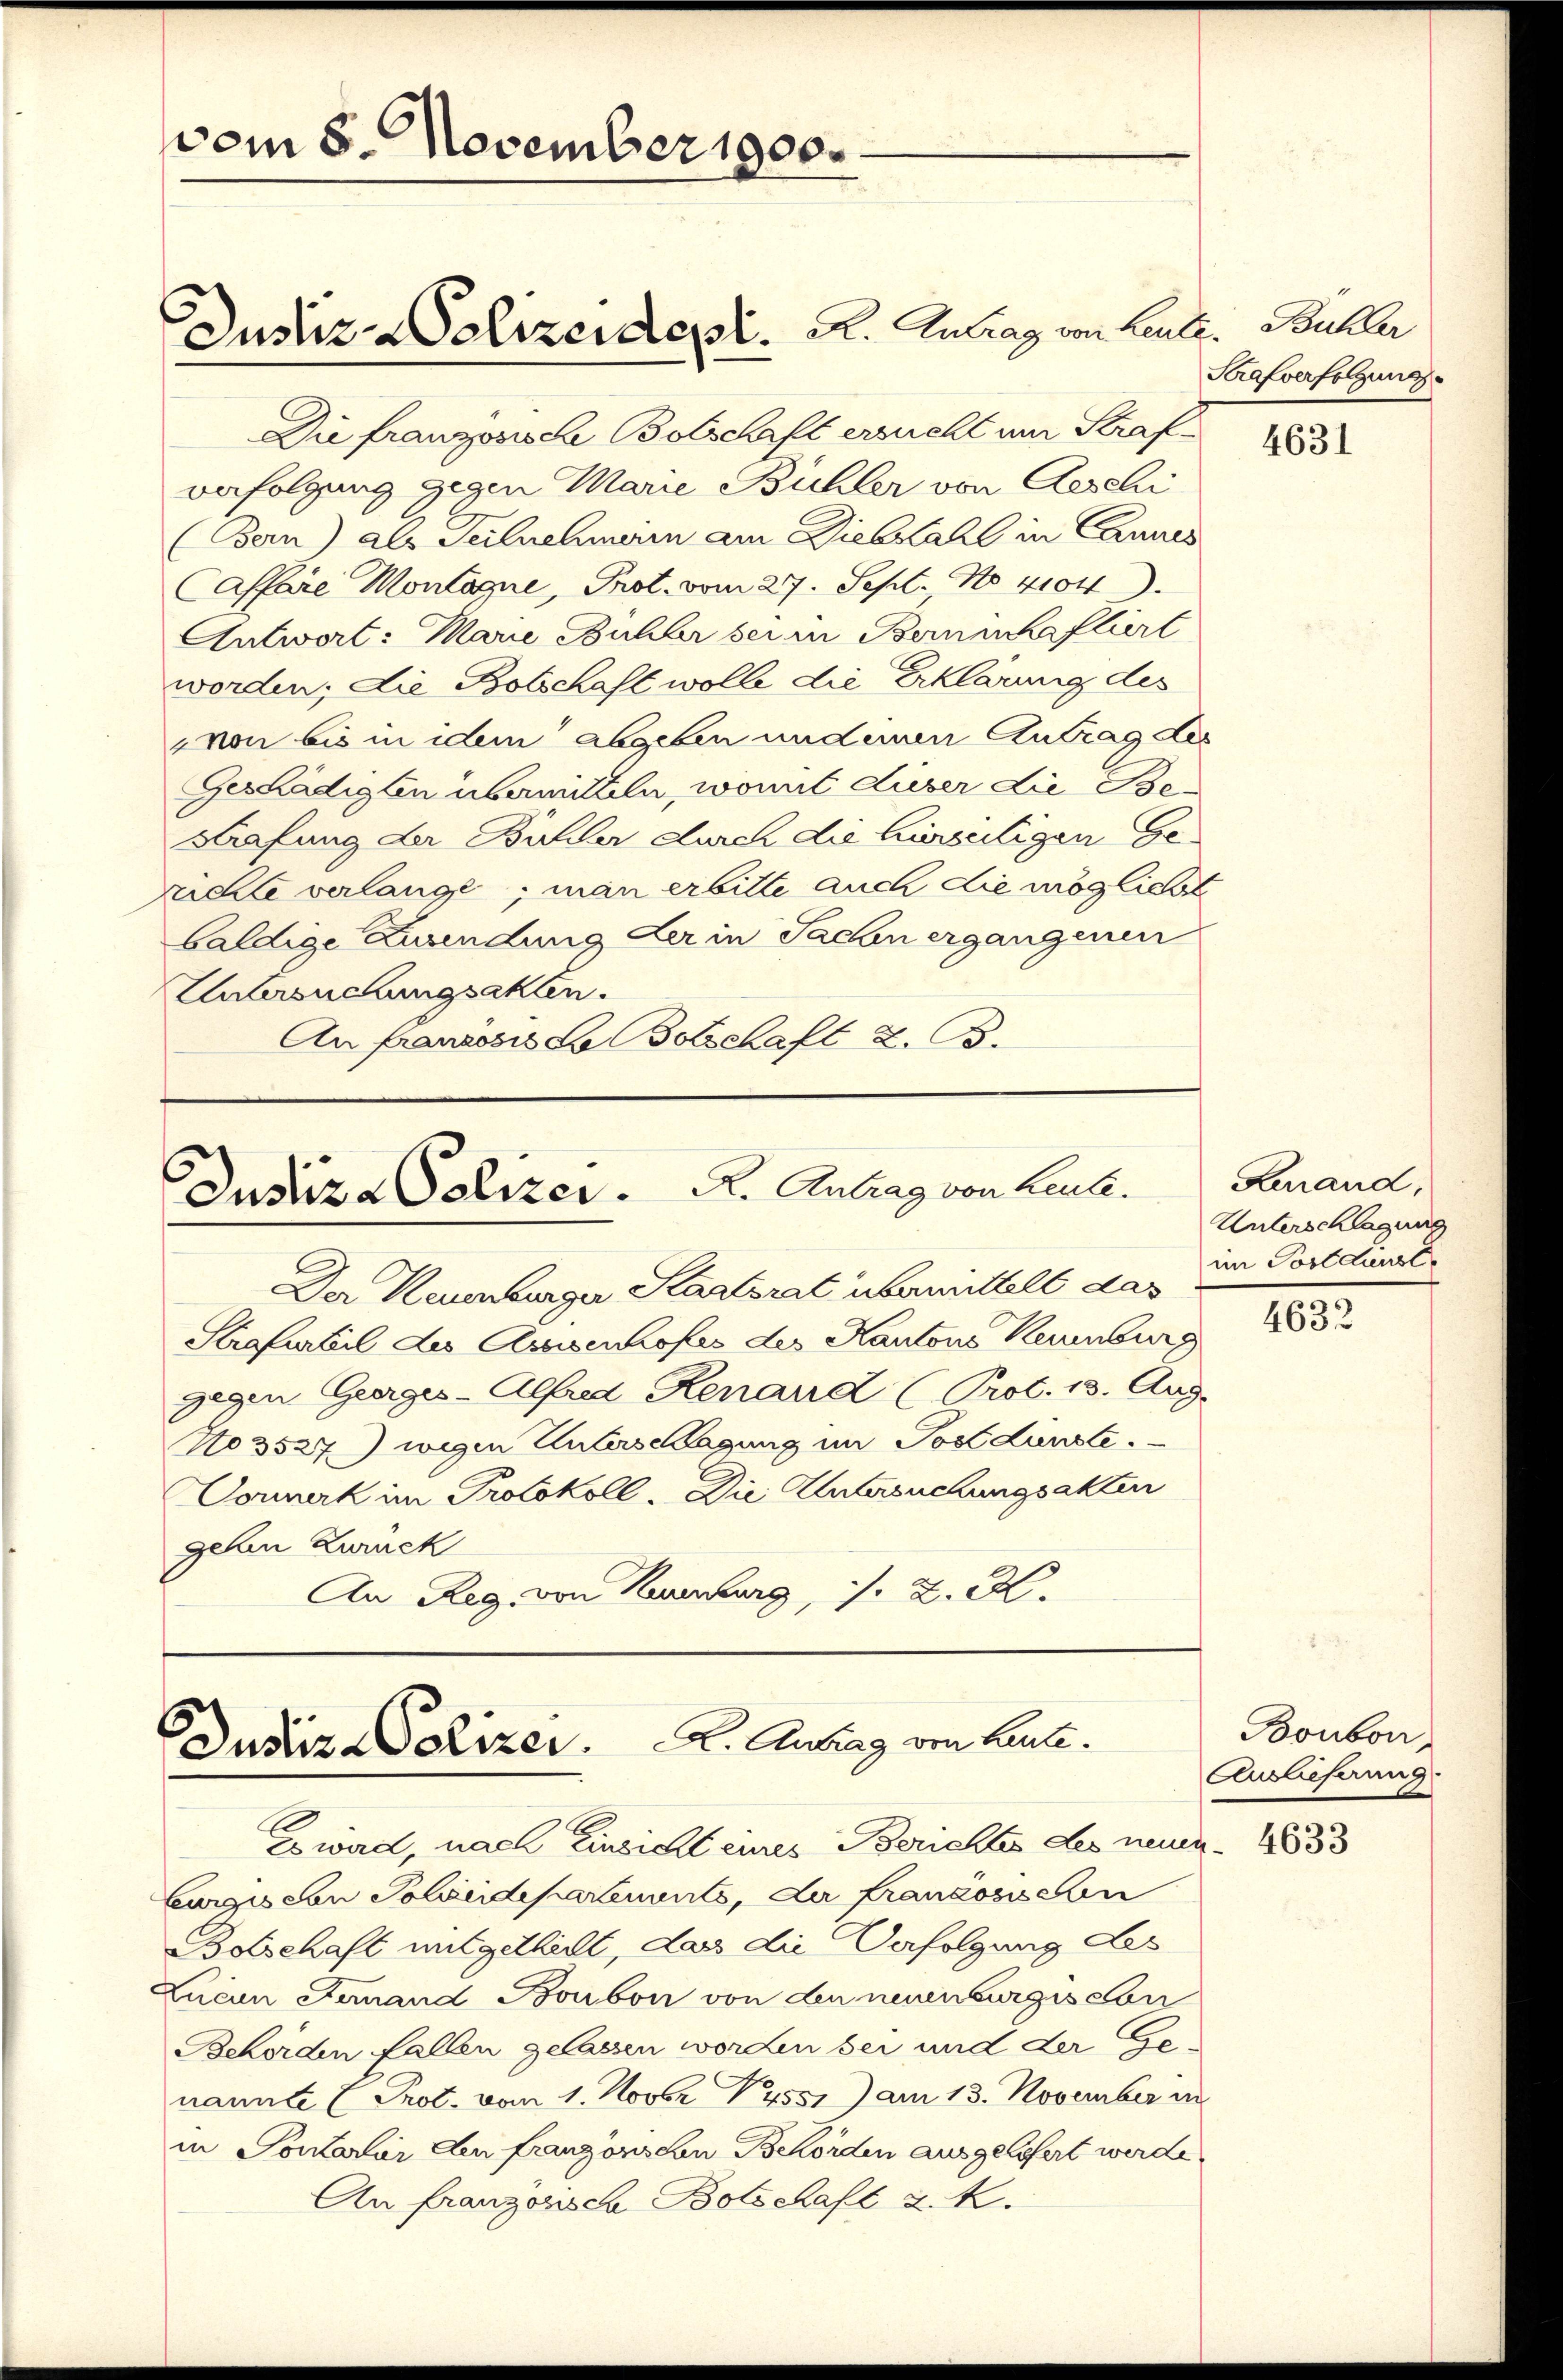
vom 8. November 1900.

Justiz-Polizeidet. A. Antrag von Leute. Buller

Justiza Polizer. R. Antrag von Leute.

ustiz-Polizer.   K. Antrag von Leute.

Die französische Botschaft ersucht um Strafverfolgung gegen Marie Büchler von Aeschi
(Bern) als Teilnehmerin am Diebstahl in Cannes
Caffare Montagne, Prot. vom 27. Sept. No 4104)
Antwort: Marie Bühler sei in Bernschaftiert
worden; die Botschaft wolle die Erklärung des
von bis in dem abgeben und einen Antrag des
Geschädigten übermitteln, womit Auser die Be¬
Strafung der Bühler durch die hierseitigen Geruchte verlange; man erbitte auch die möglichst
baldige Zuwendung der in Sachen ergangenen
Untersuchungsakten.
Au franzosis de Botschaft z. B.

Der Neuenburger Staatsrat übermittelt das
Strafurteil des Assisenhofes der Kantons Neuenburg
gegen Geerges-Alfred Renaud (Prot. 15. Aug.
No 3527) wegen Unterschlagung im Post dunste.
Dowerk im Protokoll. Die Untersuchungsakten
gehen Zurück
An Reg. von Neuenburg s. Z. M.

E wird, nach Einsicht eines Berichtes Les neuen. 18833
Eurgischen Soleidepartements, da französischen
Botschaft mitgetheilt, das die Verfolgung des
Zucun Finand Bonbon von den neuenburgiselon
Behörden fallen gelassen worden sei und der Genannte Prot. vom 1. Novbr. 14551) am 13. November in
in Sontarar den franzönschen Behörden ausgelösert werde.
An franzonisch Botschaft d. K.

Strafverfolgung

4631

Genand,
Unterschlagung
im Post dunst

4632

Bonbon
Auslieferung